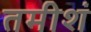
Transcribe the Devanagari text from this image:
तमीशं